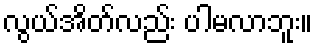
လွယ်အိတ်လည်း ပါမလာဘူး။